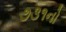
૭૩૧નો